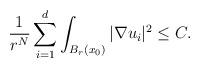
LaTeX: \begin{align*}\frac{1}{r^N} \sum_{i=1}^{d} \int_{B_r(x_0)} |\nabla u_i|^2 \leq C.\end{align*}